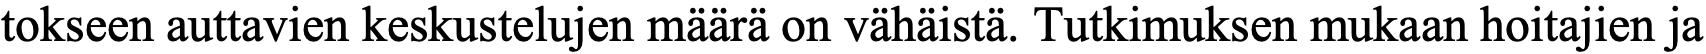
tokseen auttavien keskustelujen määrä on vähäistä. Tutkimuksen mukaan hoitajien ja